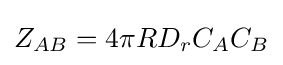
Z_{AB}=4\pi RD_{r}C_{A}C_{B}